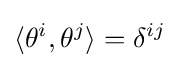
\langle \theta ^{i},\theta ^{j}\rangle =\delta ^{ij}